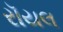
રૉયલ